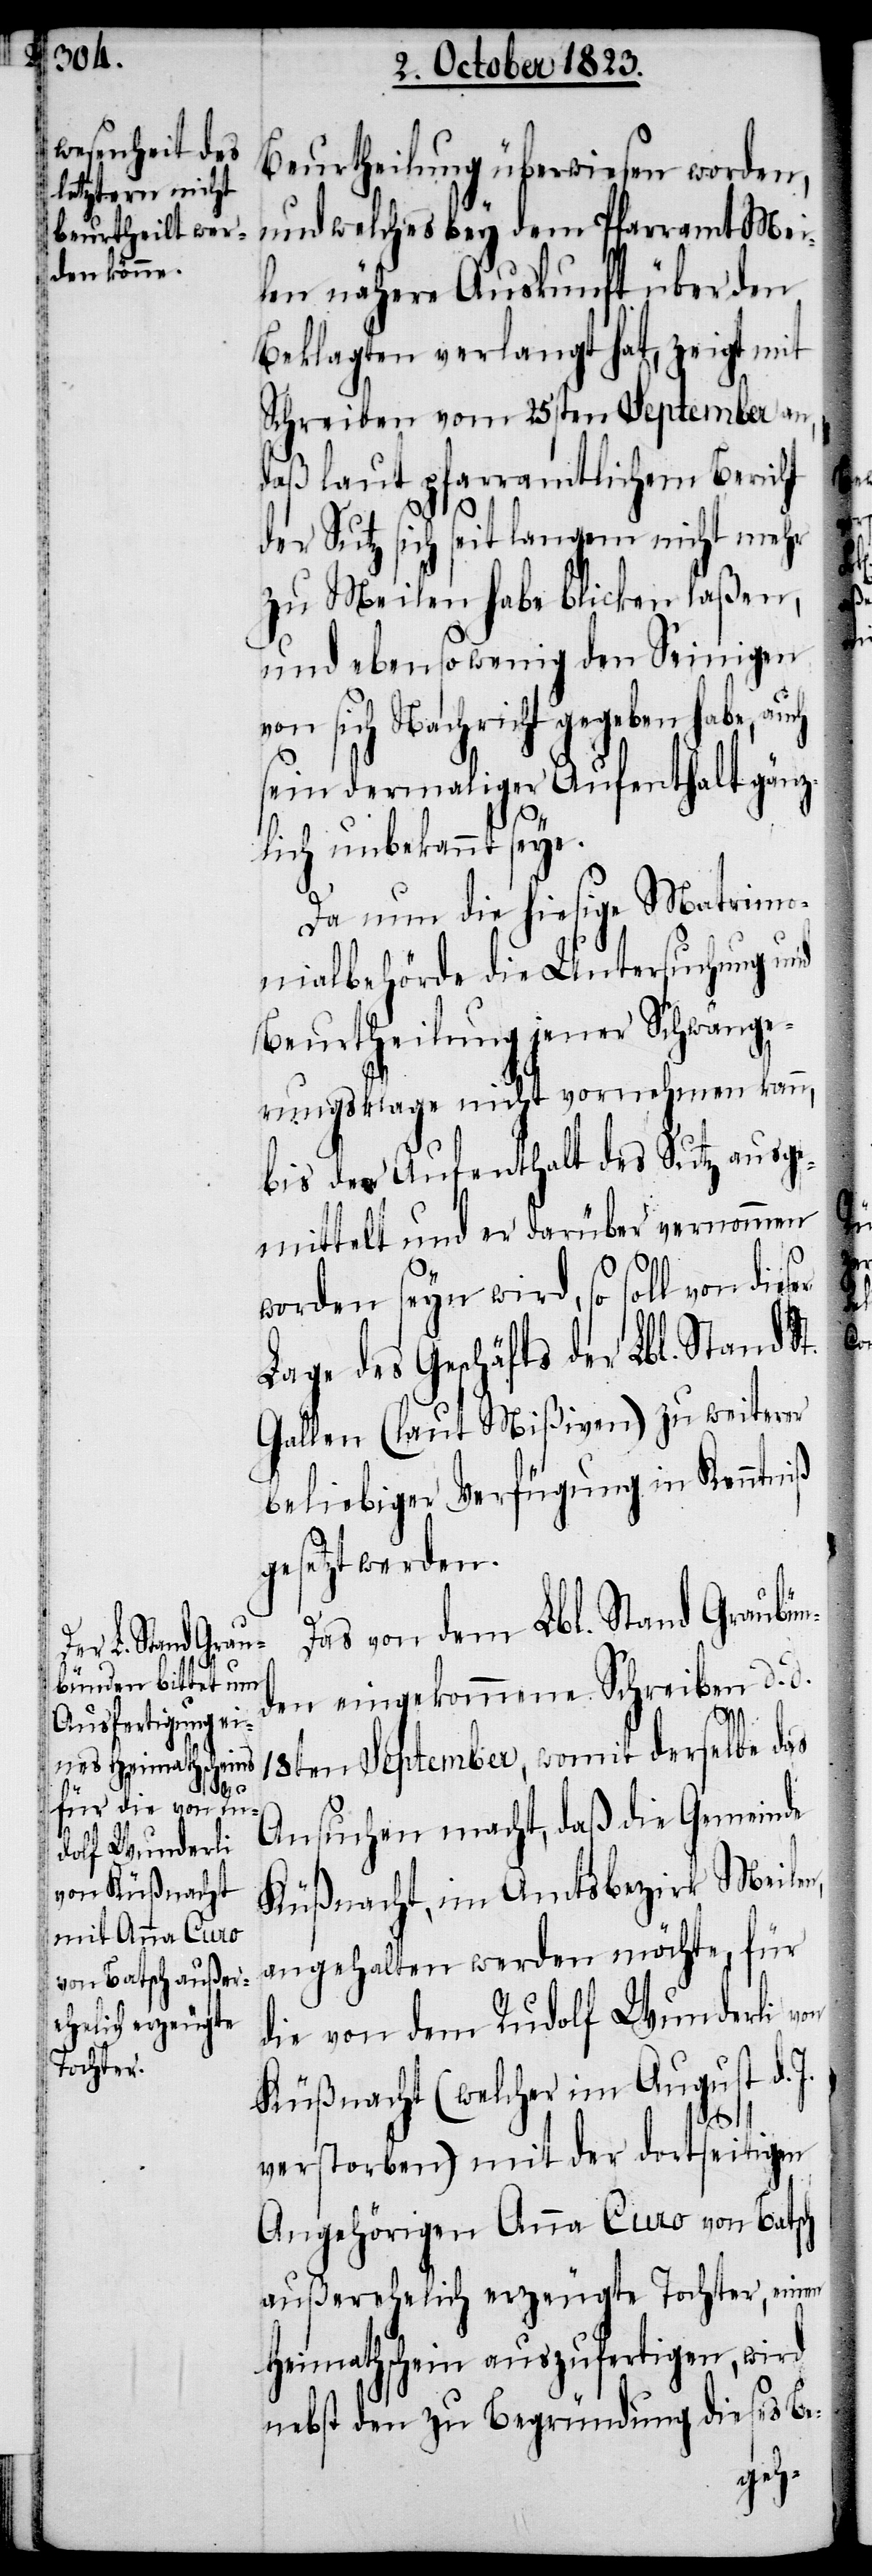
Beurtheilung überwiesen worden,
und welches bey dem Pfarramt Mei¬
len nähere Auskunft über den
Beklagten verlangt hat, zeigt mit
Schreiben vom 25sten September an,
daß laut pfarramtlichem Bericht
der Sutz sich seit langem nicht mehr
zu Meilen habe blicken laßen,
und ebensowenig den Seinigen
sich Nachricht gegeben habe,
sein dermaliger Aufenthalt gänz¬
lich unbekannt seye.
Da nun die hiesige Matrimo¬
nialbehörde die Untersuchung und
Beurtheilung jener Schwänge¬
rungsklage nicht vornehmen kann,
bis der Aufenthalt des Sutz ausge¬
mittelt und er darüber vernommen
worden seyn wird, so soll von dies¬
Lage des Geschäfts der Lbl. Stand
Gallen (laut Mißiven) zu weiterer
beliebiger Verfügung in Kenntniß
gesetzt werden.
Das von dem Lbl. Stand Graubün¬
den eingekommene Schreiben d. d.
18ten September, womit derselbe das
Ansuchen macht, daß die Gemeinde
Küßnacht, im Amtsbezirk Meilen,
angehalten werden möchte, für
die von dem Rudolf Wunderli von
Küßnacht (welcher im August d.
verstorben) mit der dortseitigen
Angehörigen Anna Curo von Batsch
außerehelich erzeugte Tochter, einen
Heimathschein auszufertigen, wird
nebst den zu Begründung dieses Be-

er